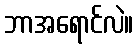
ဘာအရောင်လဲ။